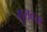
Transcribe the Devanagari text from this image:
मुरादचा